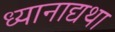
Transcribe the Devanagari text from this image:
ध्यानाद्यथा